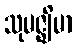
သုမဇ္ဈိမာ